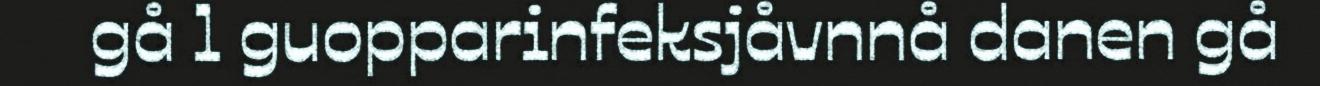
gå l guopparinfeksjåvnnå danen gå